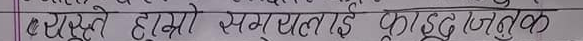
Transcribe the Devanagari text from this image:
० येस्तै हाम्रो समयलाई फुकाउनुको